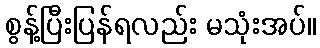
စွန့်ပြီးပြန်ရလည်း မသုံးအပ်။